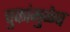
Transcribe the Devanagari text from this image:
चुकांमुळेच